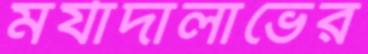
মর্যাদালাভের